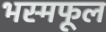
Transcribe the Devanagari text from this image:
भस्मफूल